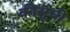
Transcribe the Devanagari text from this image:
कीसूची